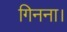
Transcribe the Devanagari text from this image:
गिनना।